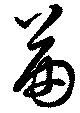
苗